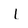
Character: I